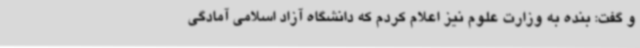
و گفت: بنده به وزارت علوم نیز اعلام کردم که دانشگاه آزاد اسلامی آمادگی